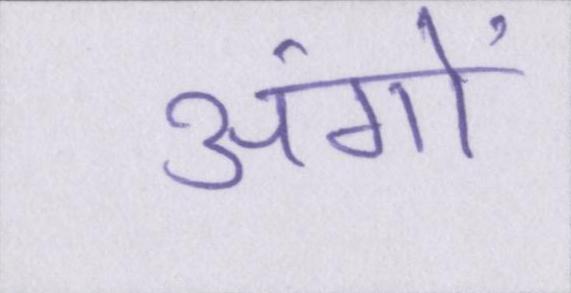
अंगों